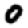
Digit: 0